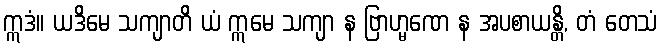
ဣဒံ။ ယဒိမေ သကျာတိ ယံ ဣမေ သကျာ န ဗြာဟ္မဏေ န အပစာယန္တိ, တံ တေသံ